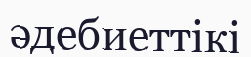
әдебиеттікі